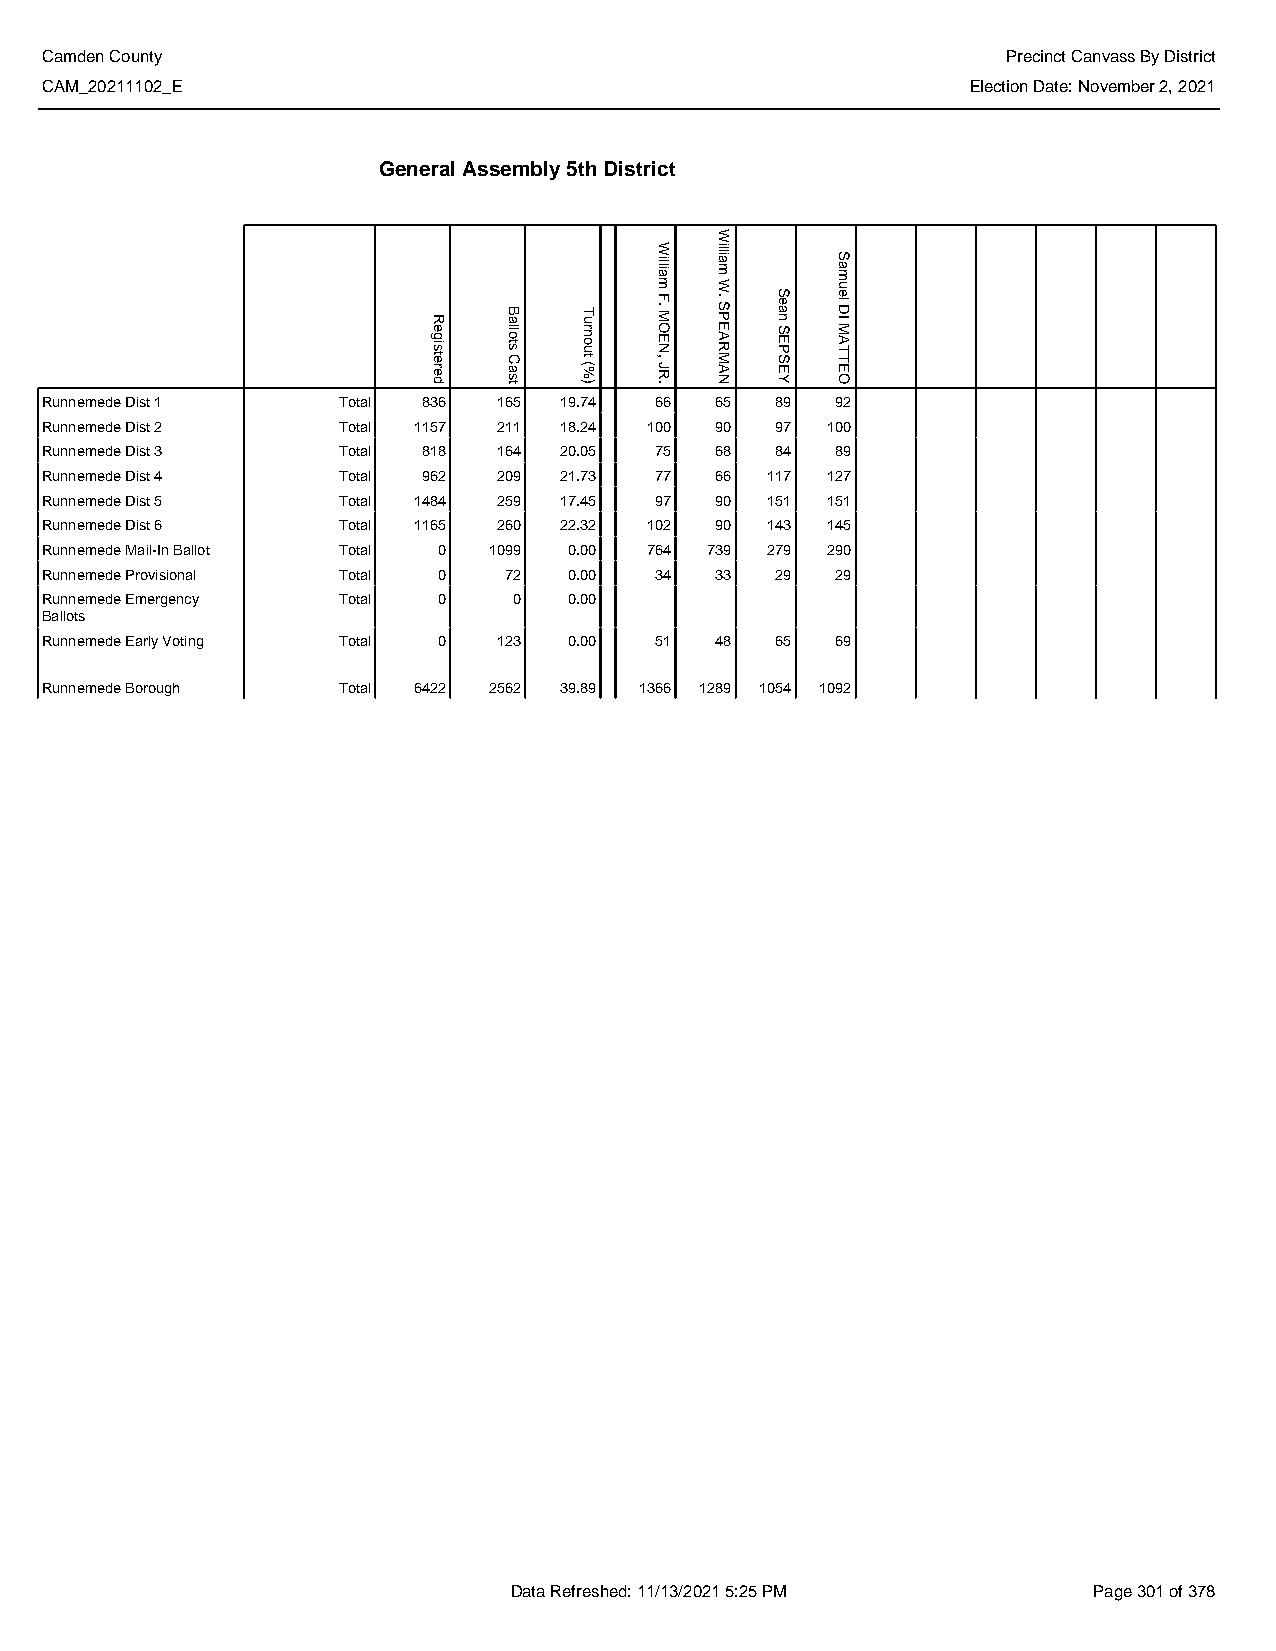
Camden County                                                   Precinct Canvass By District
 CAM_20211102_E                                               Election Date: November 2, 2021
 General Assembly 5th District
 Runnemede Dist 1   Total 836  165 19.74 66  65  89  92
 Runnemede Dist 2   Total 1157 211 18.24 100 90  97  100
 Runnemede Dist 3   Total 818  164 20.05 75  68  84  89
 Runnemede Dist 4   Total 962  209 21.73 77  66  117 127
 Runnemede Dist 5   Total 1484 259 17.45 97  90  151 151
 Runnemede Dist 6   Total 1165 260 22.32 102 90  143 145
 Runnemede Mail-In Ballot Total 0 1099 0.00 764 739 279 290
 Runnemede Provisional Total 0 72   0.00 34  33  29  29
 Runnemede Emergency Total 0    0   0.00
 Ballots
 Runnemede Early Voting Total 0 123 0.00 51  48  65  69
 Runnemede Borough  Total 6422 2562 39.89 1366 1289 1054 1092
 Data Refreshed: 11/13/2021 5:25 PM    Page 301 of 378
 Registered Ballots
 Cast
 Turnout
 (%)
 William
 F.
 MOEN,
 JR.
 William
 W.
 SPEARMAN
 Sean
 SEPSEY
 Samuel
 DI
 MATTEO